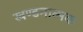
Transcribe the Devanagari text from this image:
खण्डनात्मक